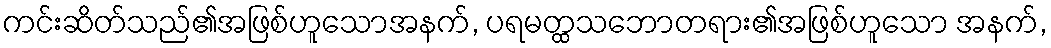
ကင်းဆိတ်သည်၏အဖြစ်ဟူသောအနက်, ပရမတ္ထသဘောတရား၏အဖြစ်ဟူသော အနက်,